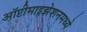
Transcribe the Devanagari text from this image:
ऑप्टीमाइझेशनमध्ये